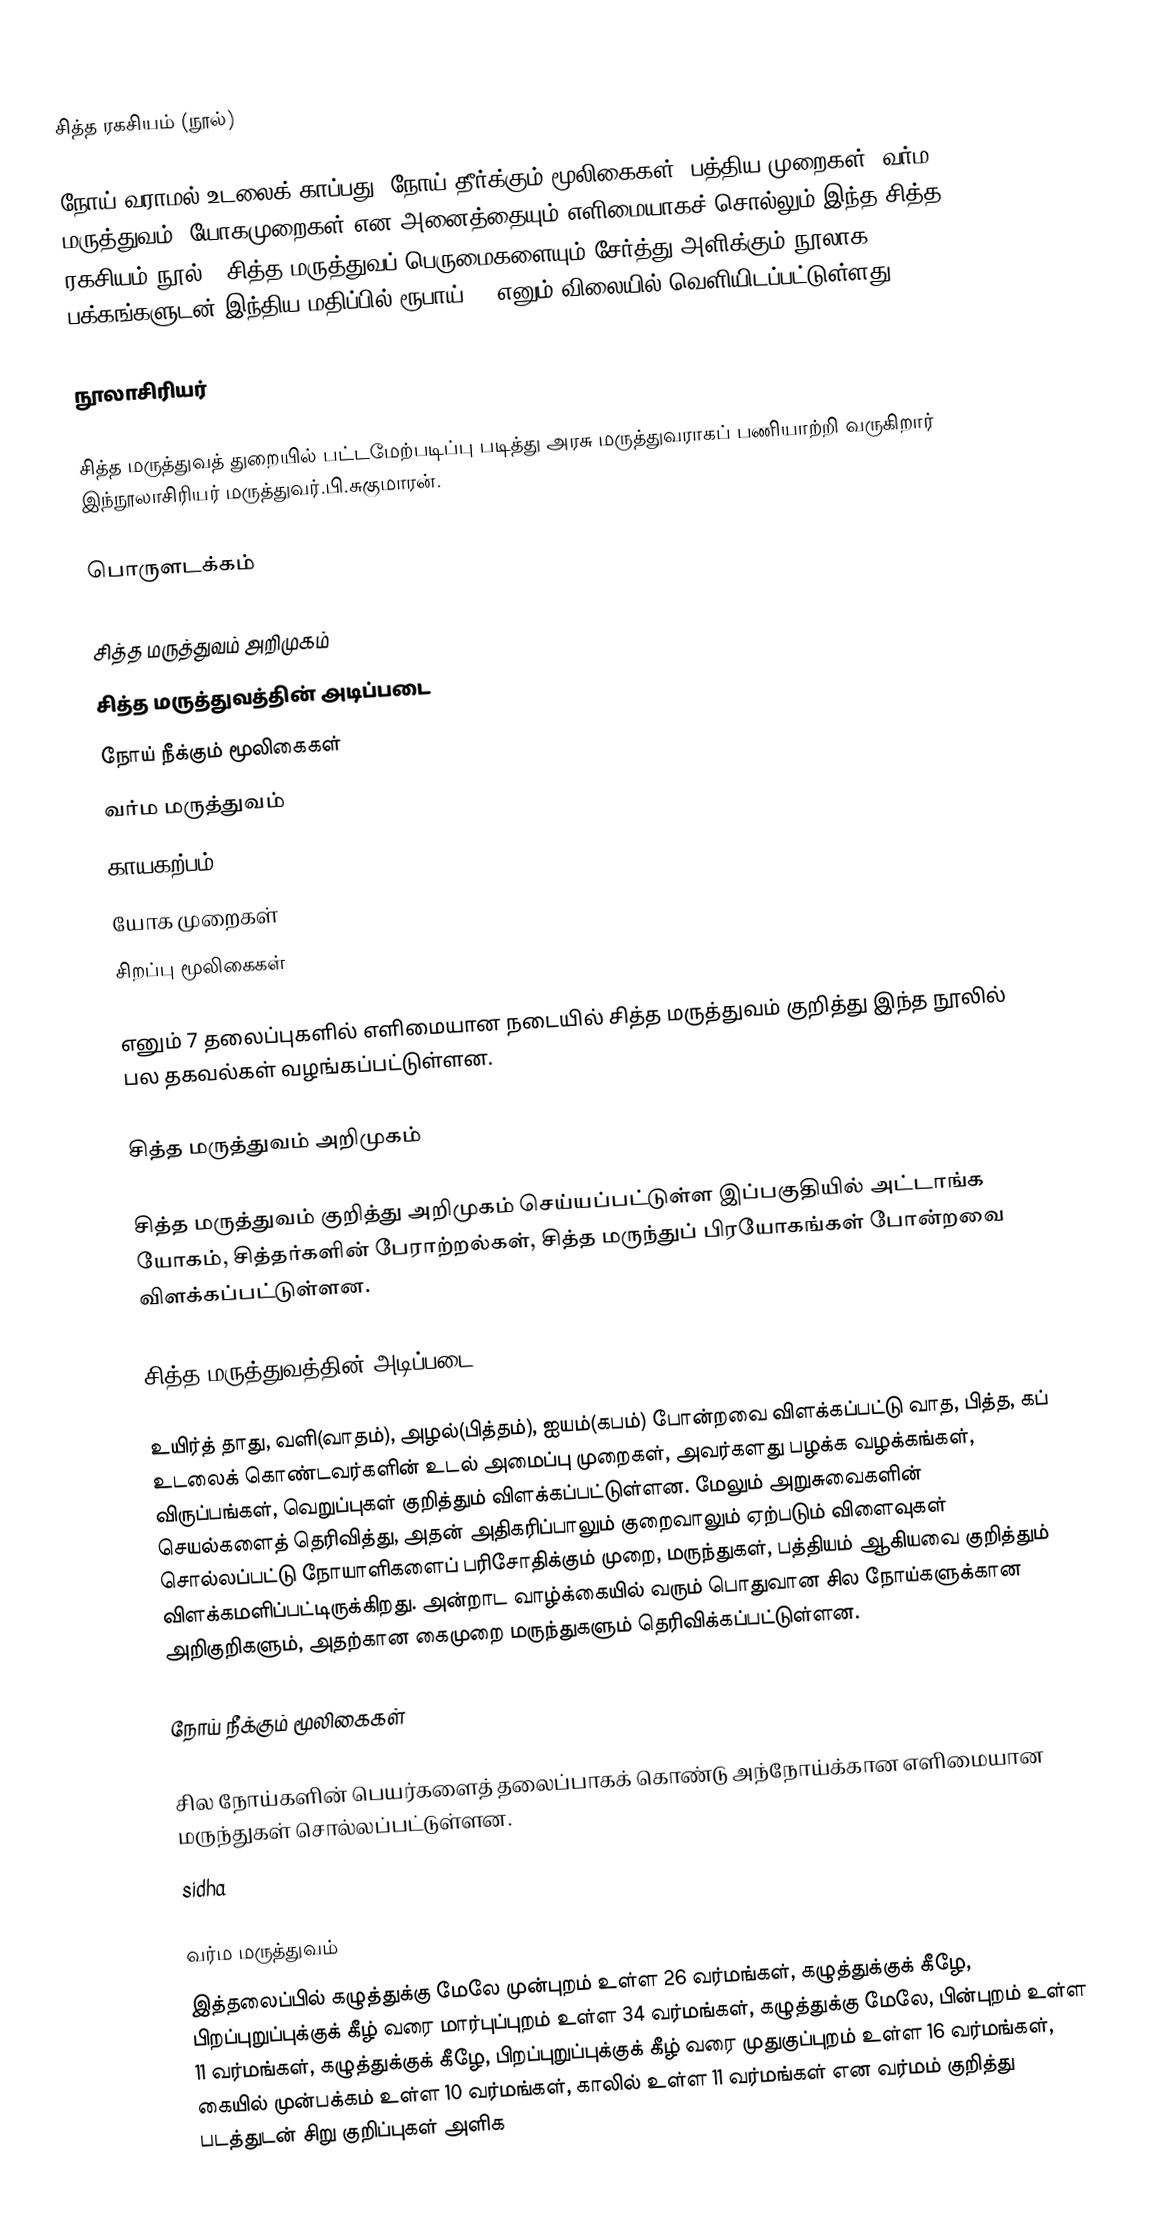
சித்த ரகசியம் (நூல்)

நோய் வராமல் உடலைக் காப்பது, நோய் தீர்க்கும் மூலிகைகள், பத்திய முறைகள், வர்ம மருத்துவம், யோகமுறைகள் என அனைத்தையும் எளிமையாகச் சொல்லும் இந்த சித்த ரகசியம் நூல்() சித்த மருத்துவப் பெருமைகளையும் சேர்த்து அளிக்கும் நூலாக 104 பக்கங்களுடன் இந்திய மதிப்பில் ரூபாய் 50 எனும் விலையில் வெளியிடப்பட்டுள்ளது.

நூலாசிரியர்

சித்த மருத்துவத் துறையில் பட்டமேற்படிப்பு படித்து அரசு மருத்துவராகப் பணியாற்றி வருகிறார் இந்நூலாசிரியர் மருத்துவர்.பி.சுகுமாரன்.

பொருளடக்கம்

சித்த மருத்துவம் அறிமுகம்
சித்த மருத்துவத்தின் அடிப்படை
நோய் நீக்கும் மூலிகைகள்
வர்ம மருத்துவம்
காயகற்பம்
யோக முறைகள்
சிறப்பு மூலிகைகள்

எனும் 7 தலைப்புகளில் எளிமையான நடையில் சித்த மருத்துவம் குறித்து இந்த நூலில் பல தகவல்கள் வழங்கப்பட்டுள்ளன.

சித்த மருத்துவம் அறிமுகம்

சித்த மருத்துவம் குறித்து அறிமுகம் செய்யப்பட்டுள்ள இப்பகுதியில் அட்டாங்க யோகம், சித்தர்களின் பேராற்றல்கள், சித்த மருந்துப் பிரயோகங்கள் போன்றவை விளக்கப்பட்டுள்ளன.

சித்த மருத்துவத்தின் அடிப்படை

உயிர்த் தாது, வளி(வாதம்), அழல்(பித்தம்), ஐயம்(கபம்) போன்றவை விளக்கப்பட்டு வாத, பித்த, கப் உடலைக் கொண்டவர்களின் உடல் அமைப்பு முறைகள், அவர்களது பழக்க வழக்கங்கள், விருப்பங்கள், வெறுப்புகள் குறித்தும் விளக்கப்பட்டுள்ளன. மேலும் அறுசுவைகளின் செயல்களைத் தெரிவித்து, அதன் அதிகரிப்பாலும் குறைவாலும் ஏற்படும் விளைவுகள் சொல்லப்பட்டு நோயாளிகளைப் பரிசோதிக்கும் முறை, மருந்துகள், பத்தியம் ஆகியவை குறித்தும் விளக்கமளிப்பட்டிருக்கிறது. அன்றாட வாழ்க்கையில் வரும் பொதுவான சில நோய்களுக்கான அறிகுறிகளும், அதற்கான கைமுறை மருந்துகளும் தெரிவிக்கப்பட்டுள்ளன.

நோய் நீக்கும் மூலிகைகள்

சில நோய்களின் பெயர்களைத் தலைப்பாகக் கொண்டு அந்நோய்க்கான எளிமையான மருந்துகள் சொல்லப்பட்டுள்ளன.
sidha

வர்ம மருத்துவம்
இத்தலைப்பில் கழுத்துக்கு மேலே முன்புறம் உள்ள 26 வர்மங்கள், கழுத்துக்குக் கீழே, பிறப்புறுப்புக்குக் கீழ் வரை மார்புப்புறம் உள்ள 34 வர்மங்கள், கழுத்துக்கு மேலே, பின்புறம் உள்ள 11 வர்மங்கள், கழுத்துக்குக் கீழே, பிறப்புறுப்புக்குக் கீழ் வரை முதுகுப்புறம் உள்ள 16 வர்மங்கள், கையில் முன்பக்கம் உள்ள 10 வர்மங்கள், காலில் உள்ள 11 வர்மங்கள் என வர்மம் குறித்து படத்துடன் சிறு குறிப்புகள் அளிக